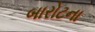
બારોટના